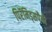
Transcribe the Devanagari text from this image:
पिरॅमिड्सपैकी